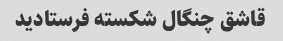
قاشق چنگال شکسته فرستادید